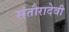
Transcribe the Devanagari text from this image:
संतौरादेवी